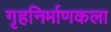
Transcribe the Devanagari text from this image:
गृहनिर्माणकला